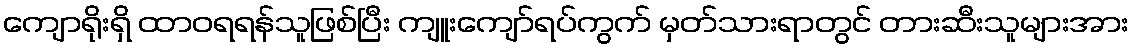
ကျောရိုးရှိ ထာဝရရန်သူဖြစ်ပြီး ကျူးကျော်ရပ်ကွက် မှတ်သားရာတွင် တားဆီးသူများအား